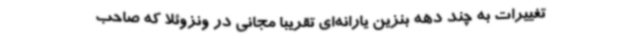
تغییرات به چند دهه بنزین یارانه‌ای تقریبا مجانی در ونزوئلا که صاحب